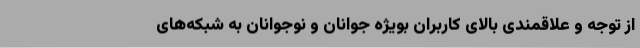
از توجه و علاقمندی بالای کاربران بویژه جوانان و نوجوانان به شبکه‌های